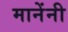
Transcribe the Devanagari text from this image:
मानेंनी